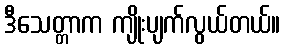
ဒီသေတ္တာက ကျိုးပျက်လွယ်တယ်။